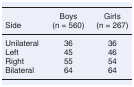
|  | Boys | Girls |
 | Side | (n = 560) | (n = 267) |
 | --- | --- | --- |
 | Unilateral | 36 | 36 |
 | Left | 45 | 46 |
 | Right | 55 | 54 |
 | Bilateral | 64 | 64 |